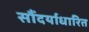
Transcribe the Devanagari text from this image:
सौंदर्याधारित